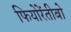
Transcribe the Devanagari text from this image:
फियोरेंतीबो